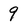
Character: 9